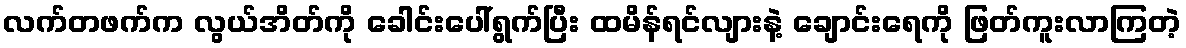
လက်တဖက်က လွယ်အိတ်ကို ခေါင်းပေါ်ရွက်ပြီး ထမိန်ရင်လျားနဲ့ ချောင်းရေကို ဖြတ်ကူးလာကြတဲ့